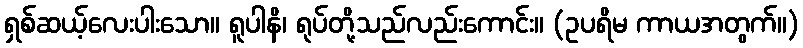
ရှစ်ဆယ့်လေးပါးသော။ ရူပါနိ၊ ရုပ်တို့သည်လည်းကောင်း။ (ဥပရိမ ကာယအတွက်။)